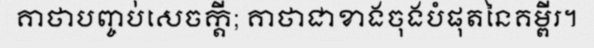
គាថាបញ្ចប់សេចក្តី; គាថាជាខាងចុងបំផុតនៃគម្ពីរ។